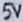
Text: 5V